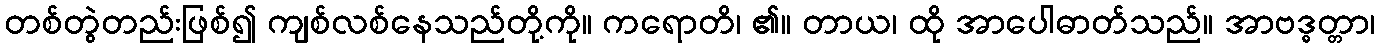
တစ်တွဲတည်းဖြစ်၍ ကျစ်လစ်နေသည်တို့ကို။ ကရောတိ၊ ၏။ တာယ၊ ထို အာပေါဓာတ်သည်။ အာဗဒ္ဓတ္တာ၊